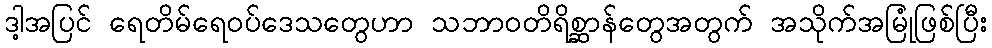
ဒါ့အပြင် ရေတိမ်ရေဝပ်ဒေသတွေဟာ သဘာဝတိရိစ္ဆာန်တွေအတွက် အသိုက်အမြုံဖြစ်ပြီး